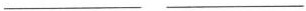
___ ___